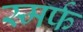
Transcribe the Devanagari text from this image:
स्मर्फ